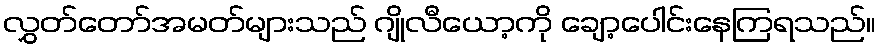
လွှတ်တော်အမတ်များသည် ဂျိုလီယော့ကို ချော့ပေါင်းနေကြရသည်။